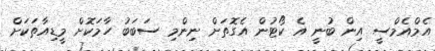
އެމްއެމްސީ އިން ބުނީ އެ ކޯޓުން އެގޮތަށް ނިންމި ސަބަބު ހާމަކޮށް މީޑިއާތަކަށް